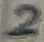
Text: 2